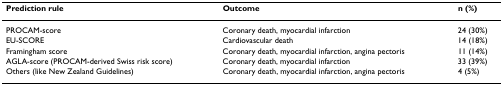
| Prediction rule | Outcome | n (%) |
 | --- | --- | --- |
 | PROCAM-score | Coronary death, myocardial infarction | 24 (30%) |
 | EU-SCORE | Cardiovascular death | 14 (18%) |
 | Framingham score | Coronary death, myocardial infarction, angina pectoris | 11 (14%) |
 | AGLA-score (PROCAM-derived Swiss risk score) | Coronary death, myocardial infarction | 33 (39%) |
 | Others (like New Zealand Guidelines) | Coronary death, myocardial infarction, angina pectoris | 4 (5%) |